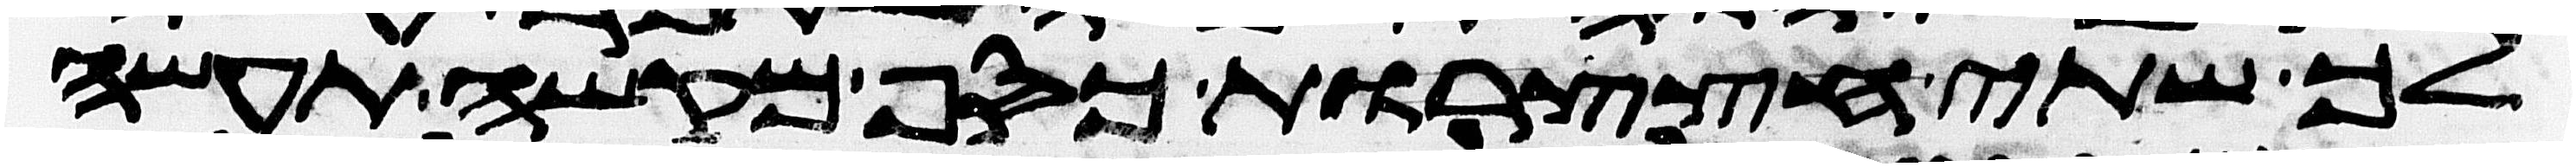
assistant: לך שתי חצצרות כסף מקשה תעשה